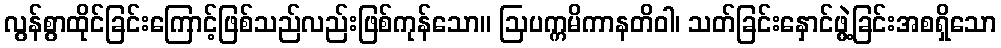
လွန်စွာထိုင်ခြင်းကြောင့်ဖြစ်သည်လည်းဖြစ်ကုန်သော။ ဩပက္ကမိကာနတိဝါ၊ သတ်ခြင်းနှောင်ဖွဲ့ခြင်းအစရှိသော